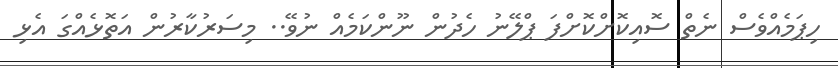
ހިޕަމެއްވެސް ނެތް ސޮއިކޮށްކޮށްފަ ޕްލޭނު ހެދުން ނޫންކަމެއް ނުވޭ.. މިސަރުކާރުން އަތޮޅެއްގަ އެޅި